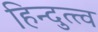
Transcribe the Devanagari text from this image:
हिन्दुत्त्व